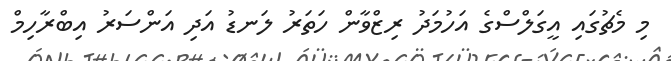
މި މެޗުގައި އީގަލްސްގެ އަހުމަދު ރިޒްވާން ހަތަރު ލަނޑު އަދި އަންސަރު އިބްރާހިމް